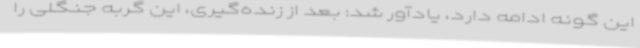
این گونه ادامه دارد، یادآور شد: بعد از زنده‌گیری، این گربه جنگلی را